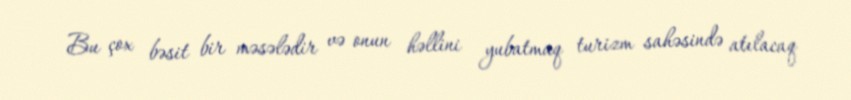
Bu çox bəsit bir məsələdir və onun həllini yubatmaq turizm sahəsində atılacaq